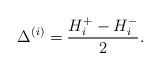
LaTeX: \begin{align*}\Delta^{(i)} = \frac{H_i^+-H_i^-}{2}.\end{align*}